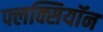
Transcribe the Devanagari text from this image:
फ्लक्सियॉन